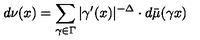
d \nu ( x ) = \sum _ { \gamma \in \Gamma } | \gamma ^ { \prime } ( x ) | ^ { - \Delta } \cdot d \bar { \mu } ( \gamma x )